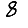
Digit: 8